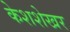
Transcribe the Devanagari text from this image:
केशशेखर